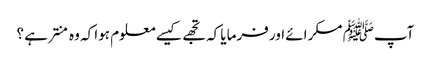
آپﷺ مسکرائے اور فرمایا کہ تجھے کیسے معلوم ہوا کہ وہ منتر ہے ؟